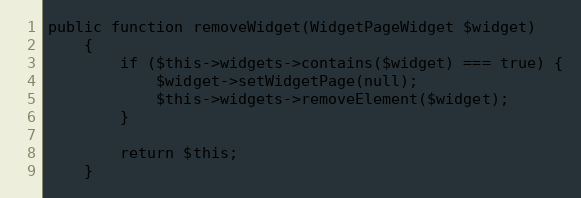
Language: PHP
public function removeWidget(WidgetPageWidget $widget)
    {
        if ($this->widgets->contains($widget) === true) {
            $widget->setWidgetPage(null);
            $this->widgets->removeElement($widget);
        }

        return $this;
    }